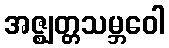
အဇ္ဈတ္တသမ္ဘဝေါ